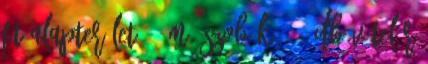
Ft Alapterület 61 m2 Szobák 2 1 db Vételár